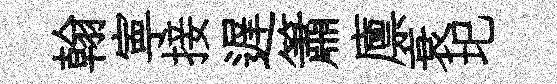
翰寕接遅簫廪衰圯